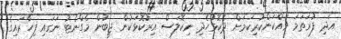
އަދި ފުރަތަމަ ވައްކަންކުރިކަމަށް ދެކޮޅުހެދި ނިކޮލަސް އިރުކޮޅަކުން ޖީބުން މެގްނެޓު ނަގައި ފިހާރައިގެ